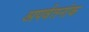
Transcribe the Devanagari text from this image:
अपर्वतनांक